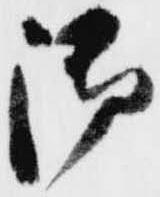
御